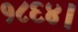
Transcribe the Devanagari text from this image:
१८६४।